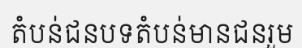
តំបន់ជនបទតំបន់មានជនរួម